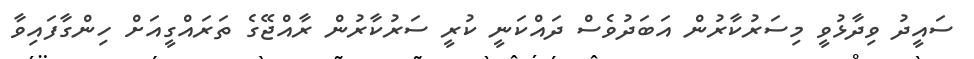
ސައީދު ވިދާޅުވީ މިސަރުކާރުން އަބަދުވެސް ދައްކަނީ ކުރީ ސަރުކާރުން ރާއްޖޭގެ ތަރައްގީއަށް ހިންގާފައިވާ